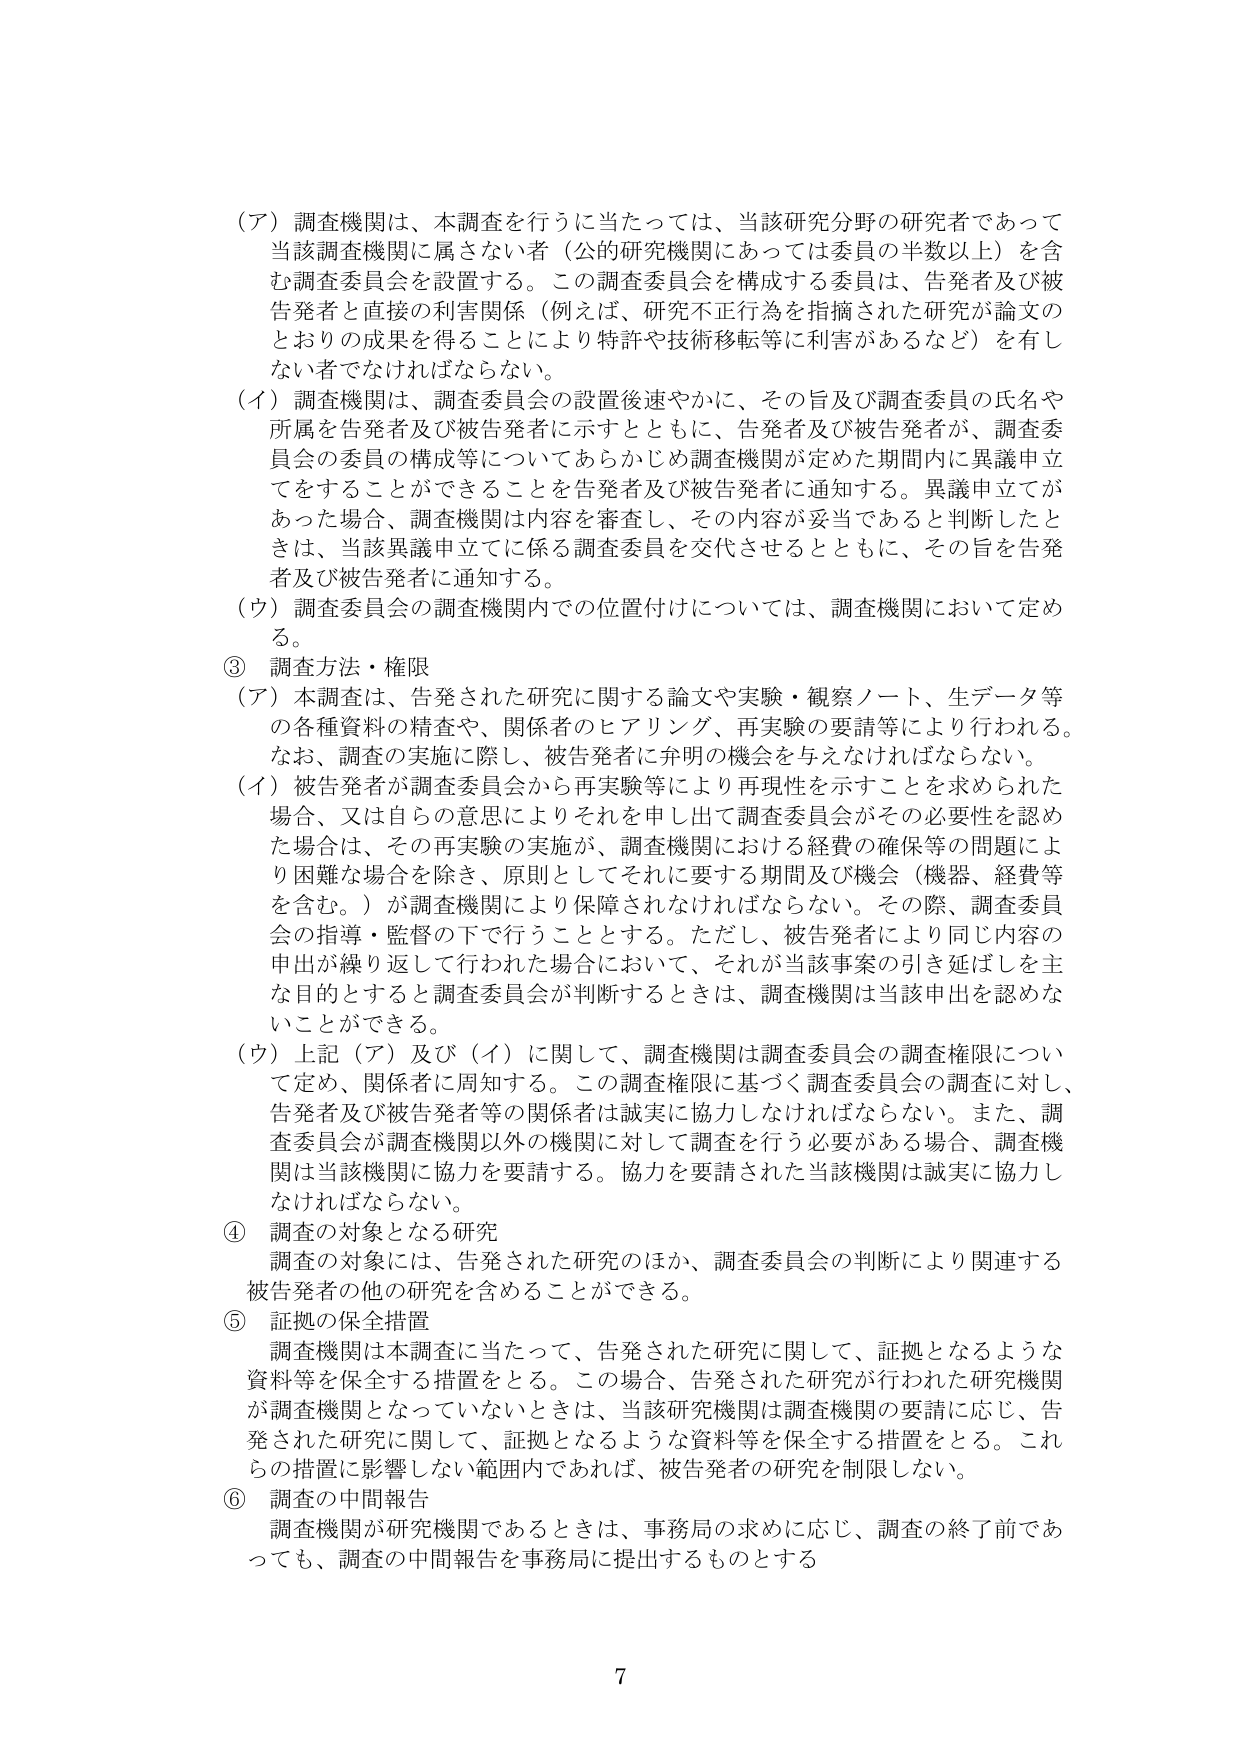
（ア）調査機関は、本調査を行うに当たっては、当該研究分野の研究者であって当該調査機関に属さない者（公的研究機関にあっては委員の半数以上）を含む調査委員会を設置する。この調査委員会を構成する委員は、告発者及び被告発者と直接の利害関係（例えば、研究不正行為を指摘された研究が論文のとおりの成果を得ることにより特許や技術移転等に利害があるなど）を有しない者でなければならない。

（イ）調査機関は、調査委員会の設置後速やかに、その旨及び調査委員の氏名や所属を告発者及び被告発者に示すとともに、告発者及び被告発者が、調査委員会の委員の構成等についてあらかじめ調査機関が定めた期間内に異議申立てをすることができることを告発者及び被告発者に通知する。異議申立てがあった場合、調査機関は内容を審査し、その内容が妥当であると判断したときは、当該異議申立てに係る調査委員を交代させるとともに、その旨を告発者及び被告発者に通知する。

（ウ）調査委員会の調査機関内での位置付けについては、調査機関において定める。

③ 調査方法・権限

（ア）本調査は、告発された研究に関する論文や実験・観察ノート、生データ等の各種資料の精査や、関係者のヒアリング、再実験の要請等により行われる。なお、調査の実施に際し、被告発者に弁明の機会を与えなければならない。

（イ）被告発者が調査委員会から再実験等により再現性を示すことを求められた場合、又は自らの意思によりそれを申し出て調査委員会がその必要性を認めた場合は、その再実験の実施が、調査機関における経費の確保等の問題により困難な場合を除き、原則としてそれに要する期間及び機会（機器、経費等を含む。）が調査機関により保障されなければならない。その際、調査委員会の指導・監督の下で行うこととする。ただし、被告発者により同じ内容の申出が繰り返して行われた場合において、それが当該事案の引き延ばしを主な目的とすると調査委員会が判断するときは、調査機関は当該申出を認めないことができる。

（ウ）上記（ア）及び（イ）に関して、調査機関は調査委員会の調査権限について定め、関係者に周知する。この調査権限に基づく調査委員会の調査に対し、告発者及び被告発者等の関係者は誠実に協力しなければならない。また、調査委員会が調査機関以外の機関に対して調査を行う必要がある場合、調査機関は当該機関に協力を要請する。協力を要請された当該機関は誠実に協力しなければならない。

④ 調査の対象となる研究

調査の対象には、告発された研究のほか、調査委員会の判断により関連する被告発者の他の研究を含めることができる。

⑤ 証拠の保全措置

調査機関は本調査に当たって、告発された研究に関して、証拠となるような資料等を保全する措置をとる。この場合、告発された研究が行われた研究機関が調査機関となっていないときは、当該研究機関は調査機関の要請に応じ、告発された研究に関して、証拠となるような資料等を保全する措置をとる。これらの措置に影響しない範囲内であれば、被告発者の研究を制限しない。

⑥ 調査の中間報告

調査機関が研究機関であるときは、事務局の求めに応じ、調査の終了前であっても、調査の中間報告を事務局に提出するものとする

7